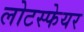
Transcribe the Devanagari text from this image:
लोटस्फेयर